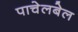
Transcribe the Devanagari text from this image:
पाचेलबेल